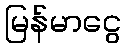
မြန်မာငွေ